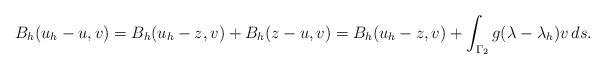
LaTeX: \begin{align*}B_h(u_h-u,v) & = B_h(u_h-z,v) + B_h(z-u,v) = B_h(u_h-z,v) +\int_{\Gamma_2} g(\lambda-\lambda_h)v\,ds.\end{align*}